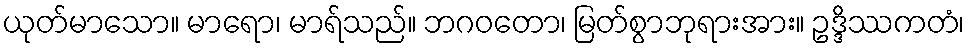
ယုတ်မာသော။ မာရော၊ မာရ်သည်။ ဘဂဝတော၊ မြတ်စွာဘုရားအား။ ဥဒ္ဒိဿကတံ၊